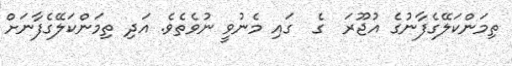
ތިމަންކަލޭގެފާނުގެ އުޖޫރަ  ގެ  ގައި މެނުވީ ނުވެތެވެ. އަދި ތިމަންކަލޭގެފާނަށް